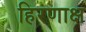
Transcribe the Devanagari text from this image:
हिरणाक्ष